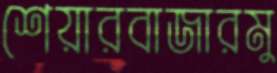
শেয়ারবাজারমু